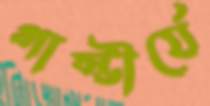
গাম্ভীর্যে